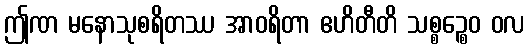
ဤဏ မနောသုစရိတဿ အာဝရိတာ ဧဟိတီတိ သစ္စဉ္စေဝ ဝလ